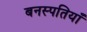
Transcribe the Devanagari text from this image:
बनस्पतियाँ